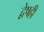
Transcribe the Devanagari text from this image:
द्वेषही